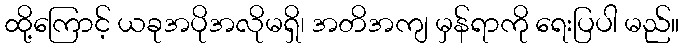
ထို့ကြောင့် ယခုအပိုအလိုမရှိ၊ အတိအကျ မှန်ရာကို ရေးပြပါ မည်။